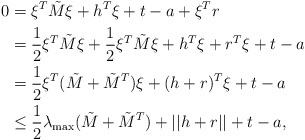
\begin{align*} 0 &= \xi^T\tilde M \xi + h^T\xi +t- a + \xi^Tr \\ &= \frac{1}{2} \xi^T \tilde{M} \xi + \frac{1}{2} \xi^T \tilde{M} \xi + h^T \xi + r^T \xi + t-a \\ &= \frac{1}{2}\xi^T(\tilde M + \tilde M^T)\xi + (h+r)^T\xi+t - a \\ &\leq \frac{1}{2}\lambda_{\max}(\tilde M + \tilde M^T) + || h+r||+t - a, \end{align*}